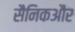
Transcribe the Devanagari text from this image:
सैनिकऔर